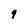
Character: 9